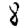
Digit: 8